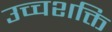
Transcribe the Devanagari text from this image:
उच्चशक्ति